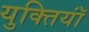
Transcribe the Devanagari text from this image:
युक्‍तियॉं